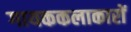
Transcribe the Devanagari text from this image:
गायककलाकारों